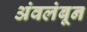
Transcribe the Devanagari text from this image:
अंवलंबून